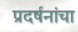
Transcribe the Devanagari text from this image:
प्रदर्षनांचा